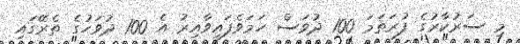
މި ސަރުކާރުގެ ފުރަތަމަ 100 ދުވަސް ހަމަވެފައިވާއިރު އެ 100 ދުވަހުގެ ތެރޭގައި